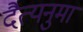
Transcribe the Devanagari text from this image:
दैत्यनुमा